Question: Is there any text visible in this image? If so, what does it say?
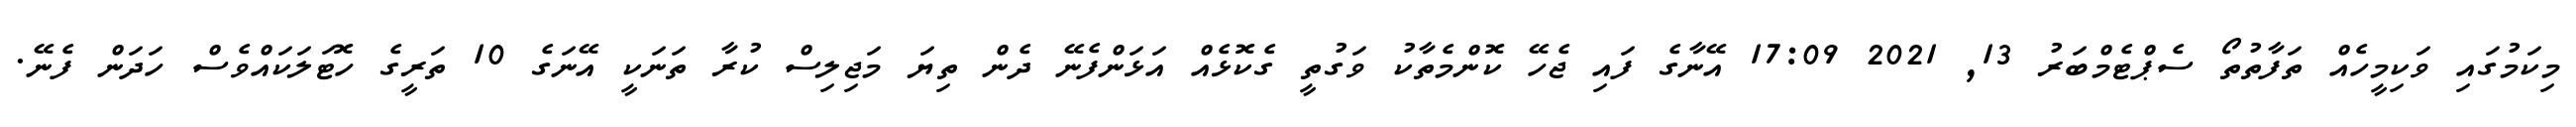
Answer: މިކަމުގައި ވަކިމީހެއް ތަފާތުތޯ ސެޕްޓެމްބަރު 13, 2021 17:09 އޭނާގެ ފައި ޖެހޭ ކޮންމެތާކު ވަގުތީ ގެކޮޅެއް އަޅަންފެނޭ ދެން ތިޔަ މަޖިލިސް ކުރާ ތަނަކީ އޭނަގެ 10 ތަރީގެ ހޮޓަލަކައްވެސް ހަދަން ފެނޭ.